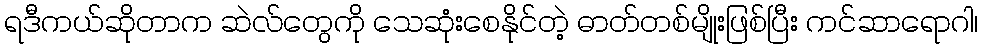
ရဒီကယ်ဆိုတာက ဆဲလ်တွေကို သေဆုံးစေနိုင်တဲ့ ဓာတ်တစ်မျိုးဖြစ်ပြီး ကင်ဆာရောဂါ၊